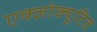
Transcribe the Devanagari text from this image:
एक्ज़ोक्यूटिव